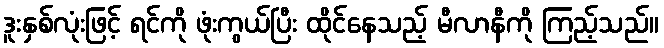
ဒူးနှစ်လုံးဖြင့် ရင်ကို ဖုံးကွယ်ပြီး ထိုင်နေသည့် မီလာနီကို ကြည့်သည်။